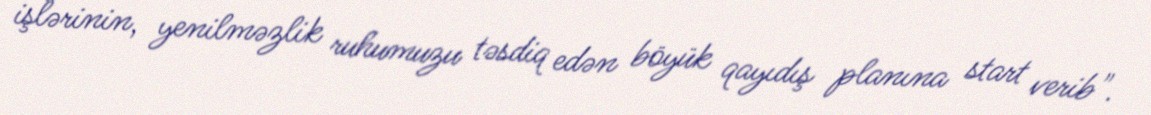
işlərinin, yenilməzlik ruhumuzu təsdiq edən böyük qayıdış planına start verib".